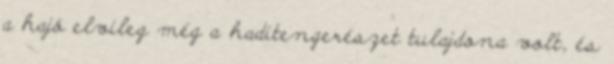
a hajó elvileg még a haditengerészet tulajdona volt, és